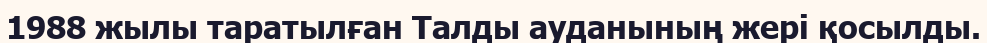
1988 жылы таратылған Талды ауданының жері қосылды.